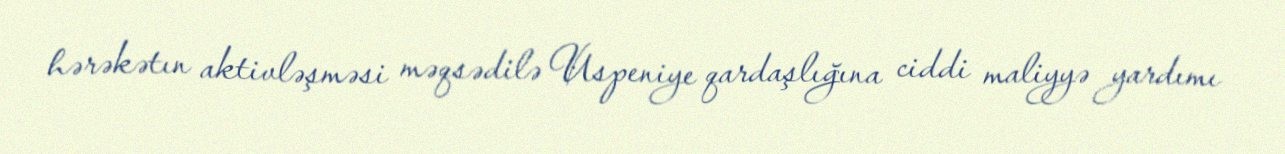
hərəkətın aktivləşməsi məqsədilə Uspeniye qardaşlığına ciddi maliyyə yardımı